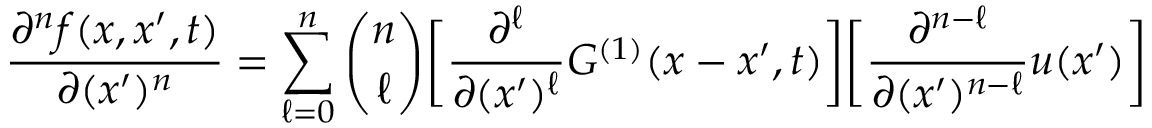
\frac { \partial ^ { n } f ( x , x ^ { \prime } , t ) } { \partial ( x ^ { \prime } ) ^ { n } } = \sum _ { \ell = 0 } ^ { n } \binom { n } { \ell } \bigg [ \frac { \partial ^ { \ell } } { \partial ( x ^ { \prime } ) ^ { \ell } } G ^ { ( 1 ) } ( x - x ^ { \prime } , t ) \bigg ] \bigg [ \frac { \partial ^ { n - \ell } } { \partial ( x ^ { \prime } ) ^ { n - \ell } } u ( x ^ { \prime } ) \bigg ]